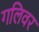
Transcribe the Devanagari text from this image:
गलिवर